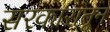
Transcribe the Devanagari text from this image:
सरकारांतून